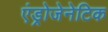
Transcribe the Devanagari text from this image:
एंड्रोजेनेटिक